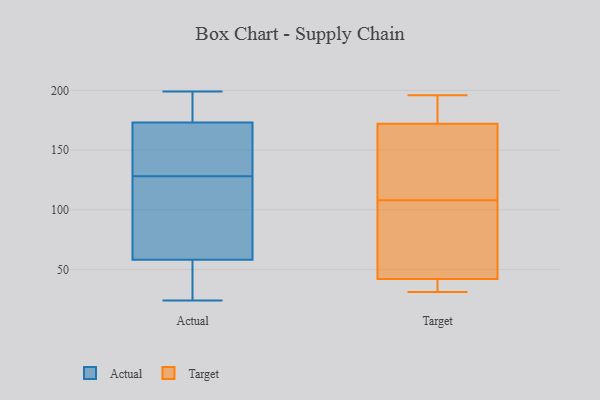
{"axis": {"x": "Customer Acquisition Cost (USD)", "y": "Value"}, "legend": ["Actual", "Target"], "data": [{"x": "", "y": 131, "type": "Actual"}, {"x": "", "y": 38, "type": "Actual"}, {"x": "", "y": 184, "type": "Actual"}, {"x": "", "y": 138, "type": "Actual"}, {"x": "", "y": 183, "type": "Actual"}, {"x": "", "y": 86, "type": "Actual"}, {"x": "", "y": 24, "type": "Actual"}, {"x": "", "y": 64, "type": "Actual"}, {"x": "", "y": 199, "type": "Actual"}, {"x": "", "y": 125, "type": "Actual"}, {"x": "", "y": 184, "type": "Actual"}, {"x": "", "y": 31, "type": "Actual"}, {"x": "", "y": 138, "type": "Actual"}, {"x": "", "y": 52, "type": "Actual"}, {"x": "", "y": 163, "type": "Actual"}, {"x": "", "y": 89, "type": "Actual"}, {"x": "", "y": 114, "type": "Target"}, {"x": "", "y": 183, "type": "Target"}, {"x": "", "y": 187, "type": "Target"}, {"x": "", "y": 34, "type": "Target"}, {"x": "", "y": 196, "type": "Target"}, {"x": "", "y": 158, "type": "Target"}, {"x": "", "y": 63, "type": "Target"}, {"x": "", "y": 108, "type": "Target"}, {"x": "", "y": 31, "type": "Target"}, {"x": "", "y": 37, "type": "Target"}, {"x": "", "y": 172, "type": "Target"}, {"x": "", "y": 108, "type": "Target"}, {"x": "", "y": 42, "type": "Target"}, {"x": "", "y": 96, "type": "Target"}]}